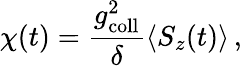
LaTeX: \chi(t)=\frac{g_{\mathrm{coll}}^{2}}{\delta}\langle S_{z}(t)\rangle\, ,